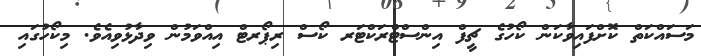
މަސައްކަތް ކޮށްފައިވާކަން ކޯހުގެ ޗީފް އިންސްޓްރަކްޓަރ ކޯސް ރިޕޯރޓް އިއްވަމުން ވިދާޅުވިއެވެ. މިކޯހުގައި